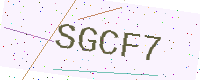
Text: SGCF7